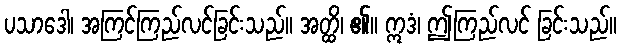
ပသာဒေါ၊ အကြင်ကြည်လင်ခြင်းသည်။ အတ္ထိ၊ ၏။ ဣဒံ၊ ဤကြည်လင် ခြင်းသည်။